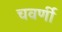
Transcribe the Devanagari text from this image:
चवर्णी